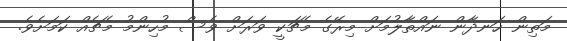
މަތިން ހަނދާން ނައްތާލުމަށް މިރޭގެ މެޗަކީ ވަރަށް ވެސް މުހިންމު މެޗެއް ކަމަށެވެ.